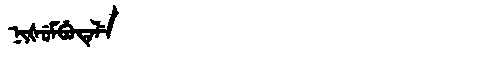
Manchu: ᠨᡳᡧᡠᠮᠪᡠᡨᡝᠯᡝ
Romanization: NIŠUMBUTELE